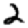
Digit: 2